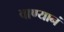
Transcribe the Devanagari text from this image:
वाण्यानं